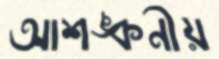
আশঙ্কনীয়